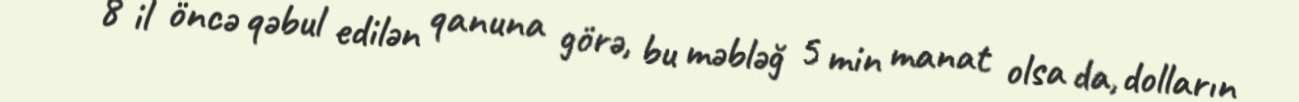
- 8 il öncə qəbul edilən qanuna görə, bu məbləğ 5 min manat olsa da, dolların